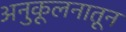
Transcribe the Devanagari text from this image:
अनुकूलनातून